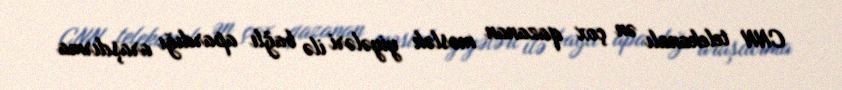
CNN telekanalı ən çox qazanan məslək yiyələri ilə bağlı apardığı araşdırma